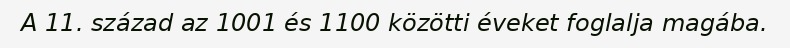
A 11. század az 1001 és 1100 közötti éveket foglalja magába.